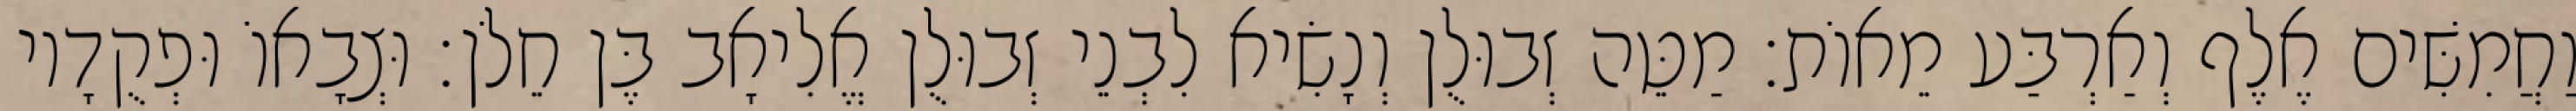
וַחֲמִשִּׁים אֶלֶף וְאַרְבַּע מֵאוֹת׃ מַטֵּה זְבוּלֻן וְנָשִׂיא לִבְנֵי זְבוּלֻן אֱלִיאָב בֶּן חֵלֹן׃ וּצְבָאוֹ וּפְקֻדָיו